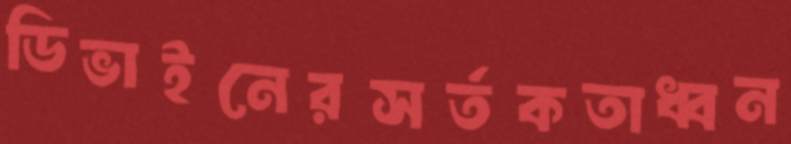
ডিভাইনেরসর্তকতাধ্বন